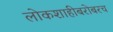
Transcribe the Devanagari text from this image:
लोकशाहीबरोबरच